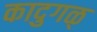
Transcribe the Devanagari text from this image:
कादुगळ्